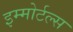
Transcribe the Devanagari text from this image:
इम्मोर्टल्स